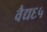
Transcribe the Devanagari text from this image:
वैद्य६५